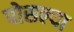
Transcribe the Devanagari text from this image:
पोसल्या